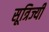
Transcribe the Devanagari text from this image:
सूत्रिज्यी